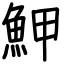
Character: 魻